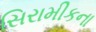
સિરામીકના